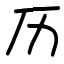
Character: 历